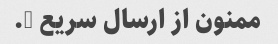
ممنون از ارسال سریع ….